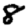
Digit: 8